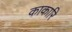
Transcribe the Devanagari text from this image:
काकारि